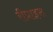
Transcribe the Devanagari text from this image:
रीप्राइस